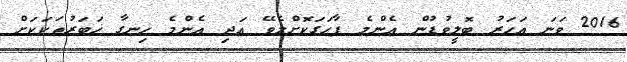
2016 ވަނަ އަހަރު ބޮލީވުޑުން އެންމެ ފާހަގަކޮށްލެވޭ އަދި އެންމެ ހިނގާ ޚަބަރުތަކަކަށް